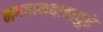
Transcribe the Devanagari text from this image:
भगवानबाबापुढे